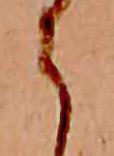
ら